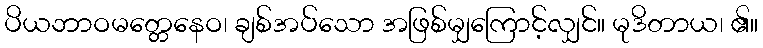
ပိယဘာဝမတ္တေနေဝ၊ ချစ်အပ်သော အဖြစ်မျှကြောင့်လျှင်။ မုဒိတာယ၊ ၏။